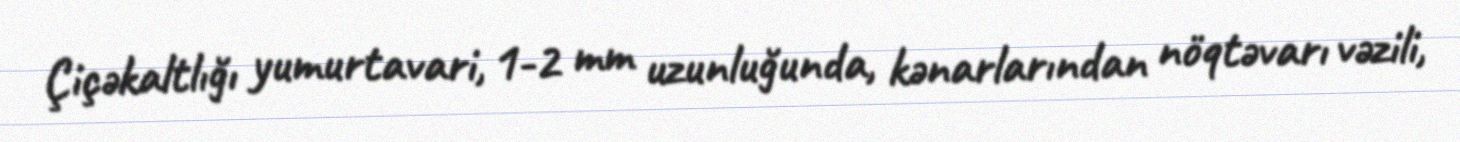
Çiçəkaltlığı yumurtavari, 1-2 mm uzunluğunda, kənarlarından nöqtəvarı vəzili,